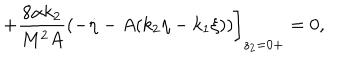
+ \frac { 8 \alpha k _ { 2 } } { M ^ { 2 } A } ( - \dot { \eta } - A ( k _ { 2 } \eta - k _ { 1 } \xi ) ) \bigg ] _ { z _ { 2 } = 0 + } = 0 ,